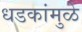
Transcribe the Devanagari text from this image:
धडकांमुळे